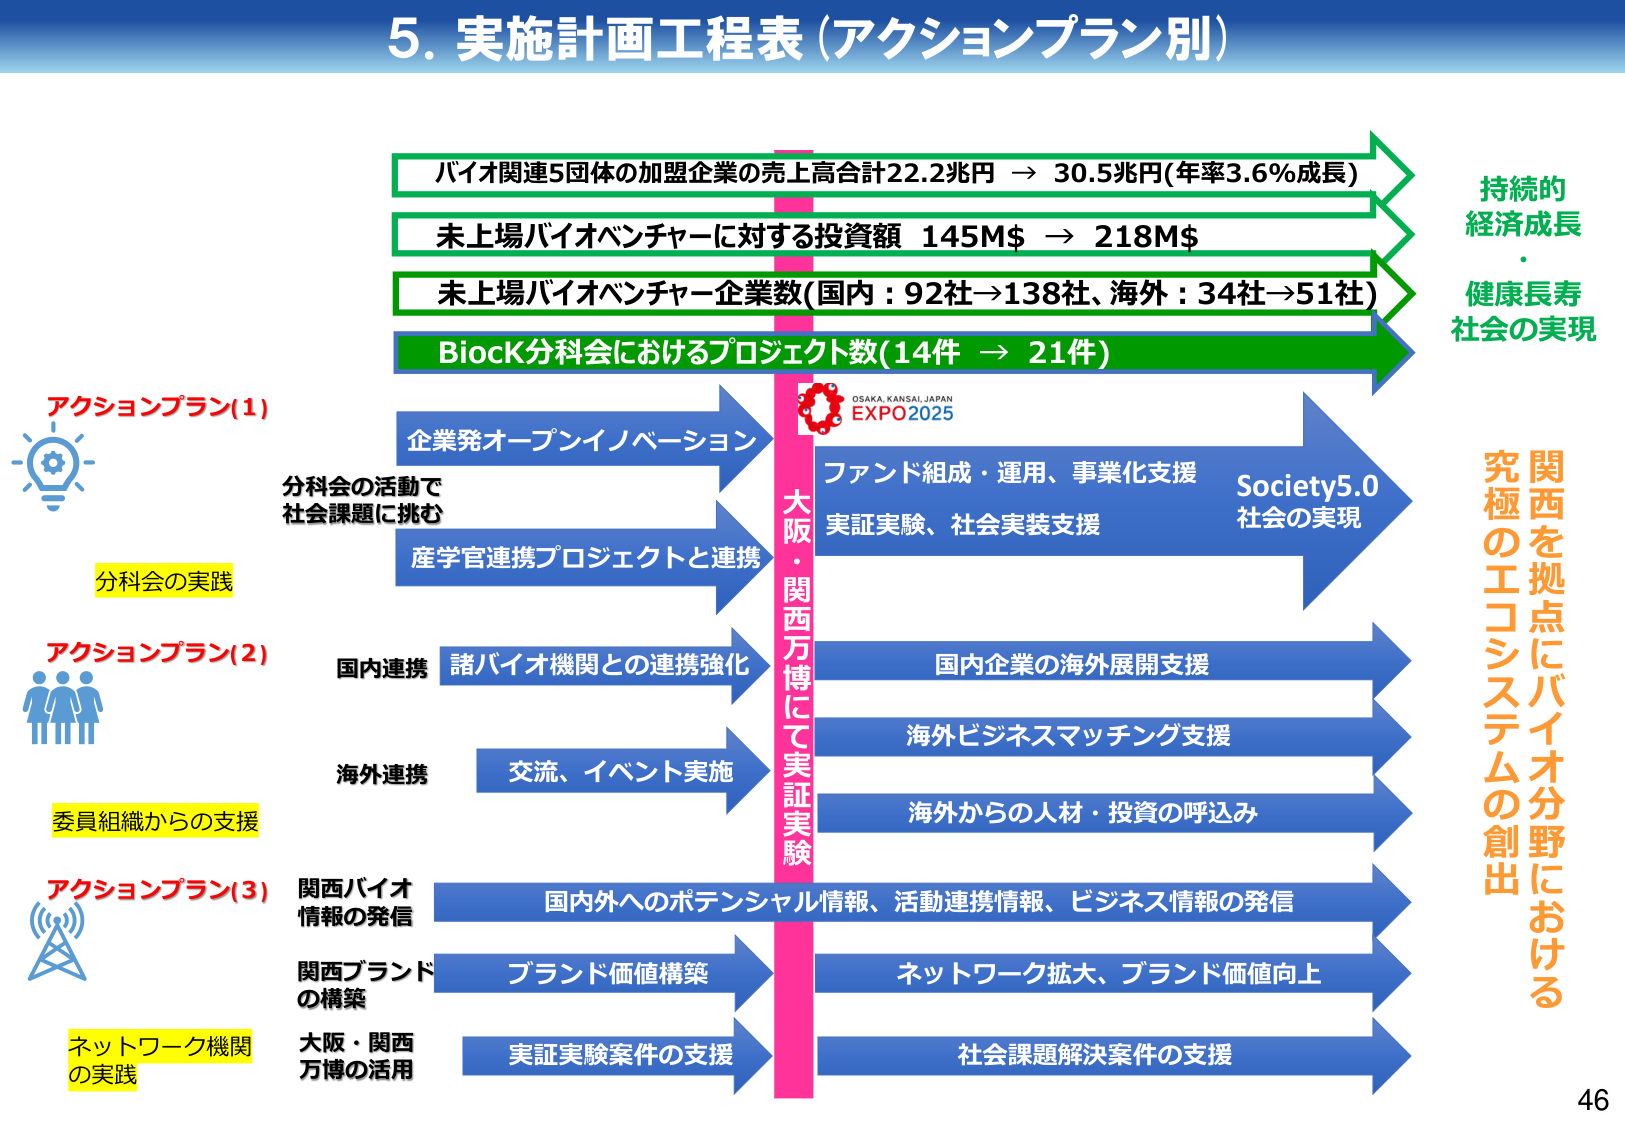
5. 実施計画工程表（アクションプラン別）

バイオ関連5団体の加盟企業の売上高合計22.2兆円 → 30.5兆円（年率3.6％成長）
未上場バイオベンチャーに対する投資額 145M$ → 218M$
未上場バイオベンチャー企業数（国内：92社→138社、海外：34社→51社）
BioCK分科会におけるプロジェクト数（14件 → 21件）

アクションプラン（1）
分科会の実践
分科会の活動で
社会課題に挑む
企業発オープンイノベーション
産学官連携プロジェクトと連携

アクションプラン（2）
委員組織からの支援
国内連携
諸バイオ機関との連携強化
海外連携
交流、イベント実施

アクションプラン（3）
ネットワーク機関の実践
関西バイオ情報の発信
関西ブランドの構築
大阪・関西万博の活用

大阪・関西万博にて実証実験
OSAKA KANSAI JAPAN
EXPO2025
ファンド組成・運用、事業化支援
実証実験、社会実装支援
Society5.0
社会の実現

国内企業の海外展開支援
海外ビジネスマッチング支援
海外からの人材・投資の呼び込み

国内外へのポテンシャル情報、活動連携情報、ビジネス情報の発信
ブランド価値構築
ネットワーク拡大、ブランド価値向上
実証実験案件の支援
社会課題解決案件の支援

持続的
経済成長
・
健康長寿
社会の実現

関西を拠点にバイオ分野における
究極のエコシステムの創出

46